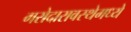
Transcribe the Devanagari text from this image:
गरोदारावस्थेमध्ये